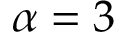
\alpha = 3